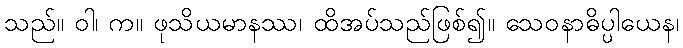
သည်။ ဝါ၊ က။ ဖုသိယမာနဿ၊ ထိအပ်သည်ဖြစ်၍။ သေဝနာဓိပ္ပါယေန၊